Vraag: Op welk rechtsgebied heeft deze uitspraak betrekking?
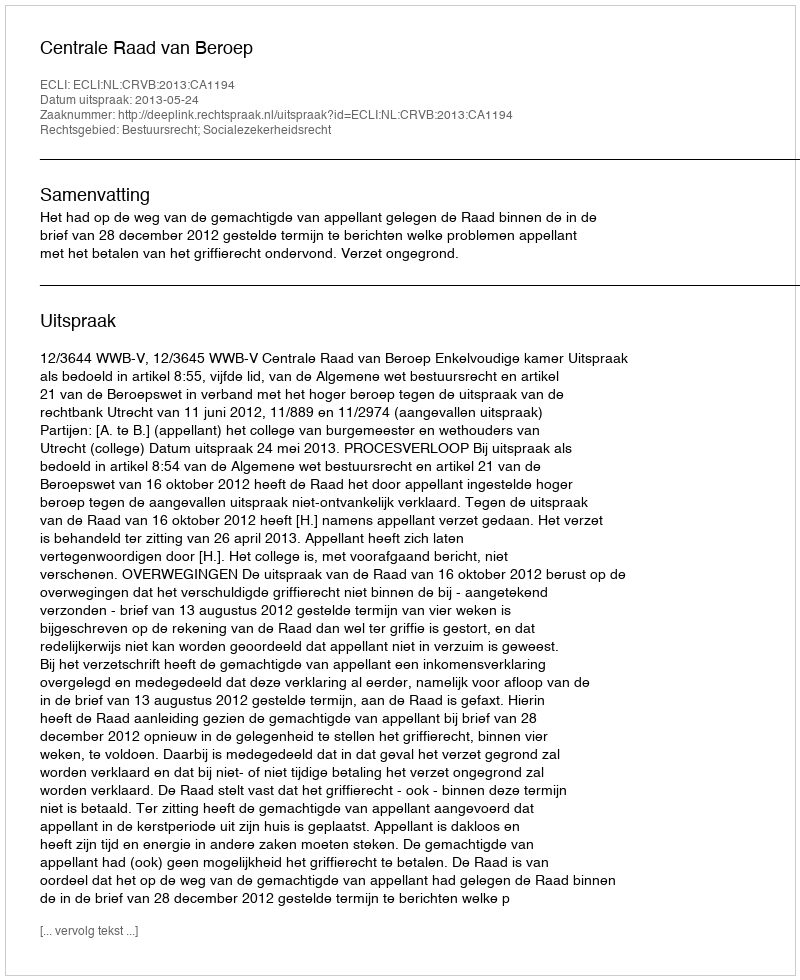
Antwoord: Bestuursrecht; Socialezekerheidsrecht